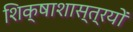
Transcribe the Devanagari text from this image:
शिक्षाशास्त्रयों